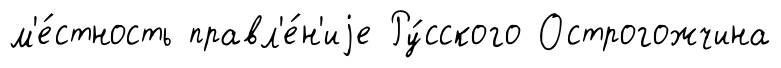
м'е́стность правл'е́н'иjе Ру́сского Острогожчина